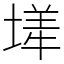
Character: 㙚